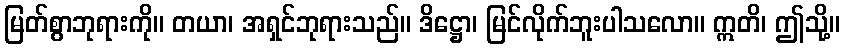
မြတ်စွာဘုရားကို။ တယာ၊ အရှင်ဘုရားသည်။ ဒိဋ္ဌော၊ မြင်လိုက်ဘူးပါသလော။ ဣတိ၊ ဤသို့။